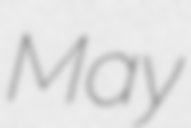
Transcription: May